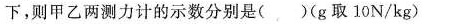
下，则甲乙两测力计的示数分别是( )(g取10N/kg)